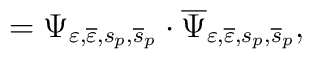
=\Psi _{\varepsilon ,\overline{\varepsilon},s_p,\overline{s}_p}\cdot \overline{\Psi }_{\varepsilon,\overline{\varepsilon },s_p,\overline{s}_p} ,